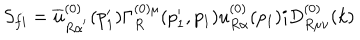
LaTeX: S _ { f i } = \overline { { { u } } } _ { R \alpha ^ { ^ { \prime } } } ^ { ( 0 ) } ( p _ { 1 } ^ { \prime } ) \Gamma _ { R } ^ { ( 0 ) \mu } ( p _ { 1 } ^ { \prime } , p _ { 1 } ) u _ { R \alpha } ^ { ( 0 ) } ( p _ { 1 } ) i D _ { R \mu \nu } ^ { ( 0 ) } ( k )